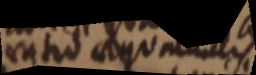
ratio aequalitatis